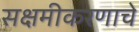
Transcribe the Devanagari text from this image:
सक्षमीकरणाचे